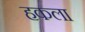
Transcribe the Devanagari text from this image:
हकला